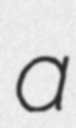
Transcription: a